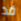
قد